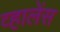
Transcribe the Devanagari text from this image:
व्हालेंस